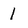
Character: 1